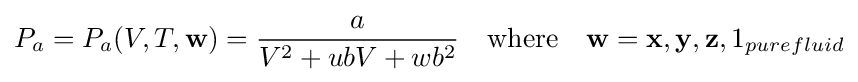
P_{a}=P_{a}(V,T,\mathbf {w} )={\frac {a}{V^{2}+ubV+wb^{2}}}\quad {\text{where}}\quad \mathbf {w} =\mathbf {x} ,\mathbf {y} ,\mathbf {z} ,1_{purefluid}